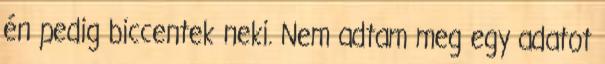
én pedig biccentek neki. Nem adtam meg egy adatot